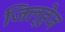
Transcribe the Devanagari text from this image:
जिल्हेज